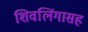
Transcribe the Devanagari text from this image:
शिवलिंगासह